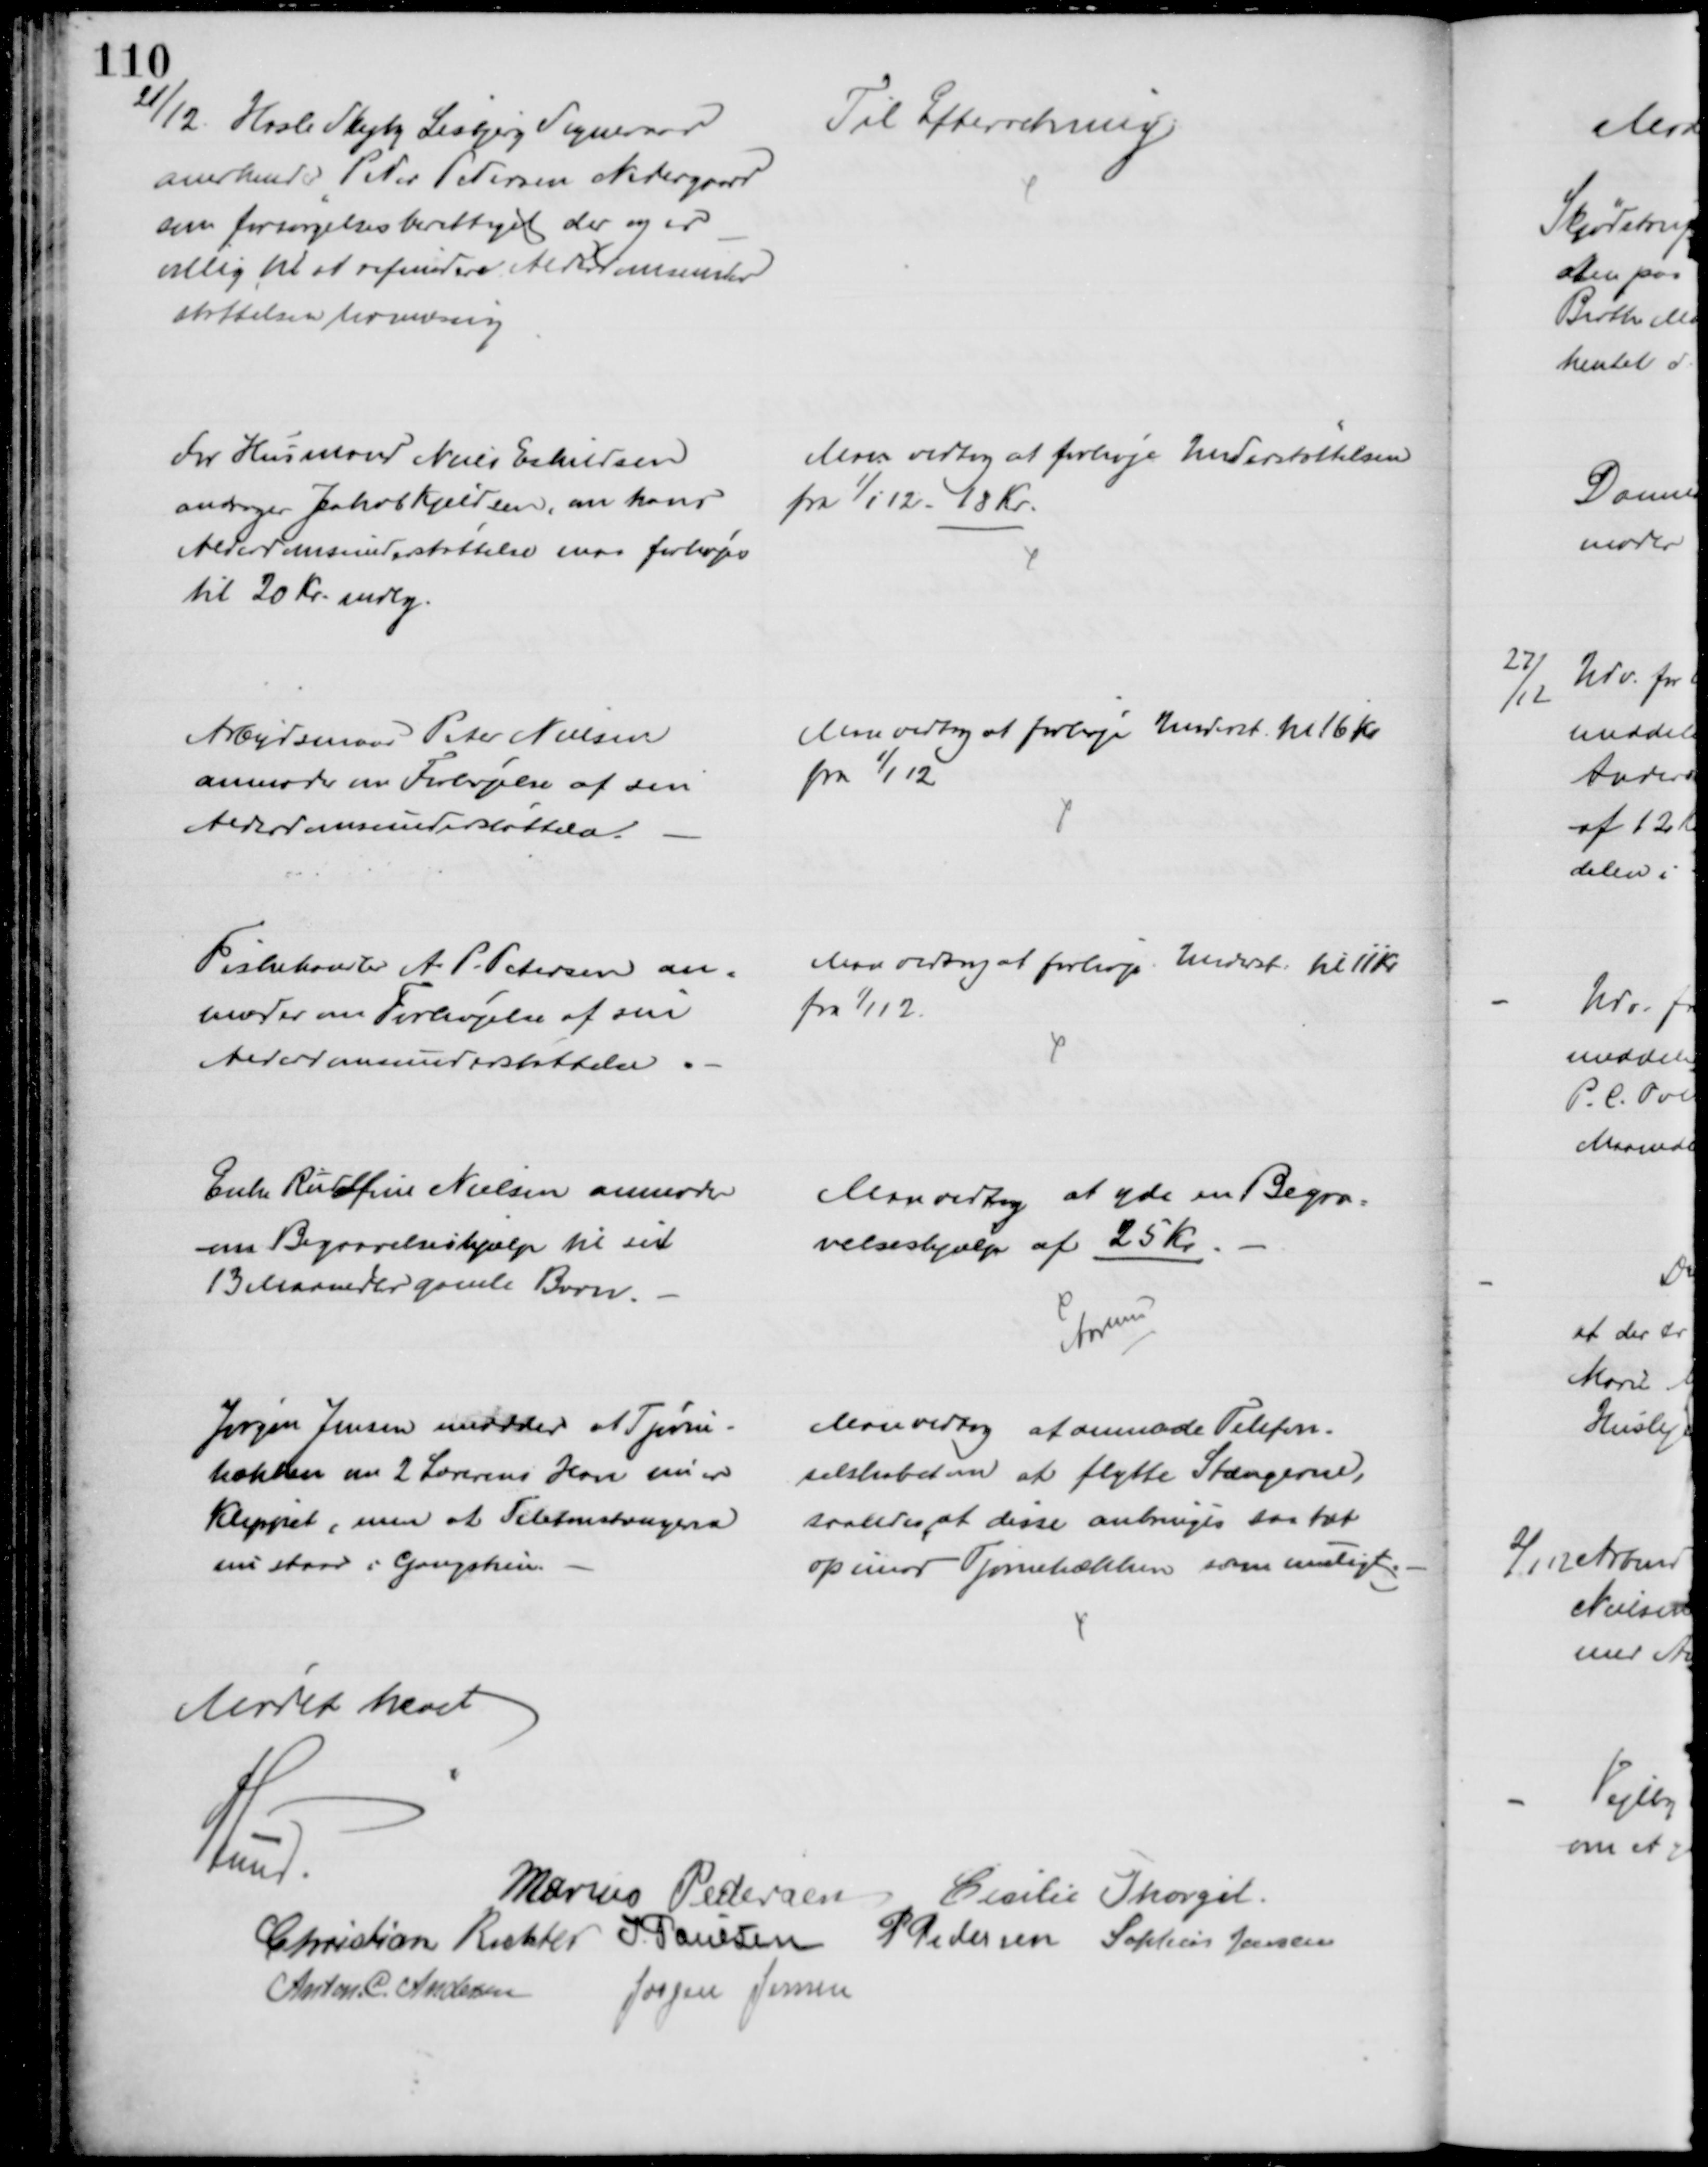
Transskription:
21/12.
Hasle Skejby Lisbjerg Sogneraad
anerkender Peder Pedersen Nedergaard
som forsørgelsesberettiget der og er
villig til at refundere Alderdomsunder
støttelsen lovmæssig
Til Efterretning
For Husmand Niels Eskildsen
andrager Jakob Kjeldsen, om hans
Alderdomsunderstøttelse maa forhøjes
til 20 Kr. mdlg.
Man vedtog at forhøje Understøttelsen
fra 1/1 12. 18 Kr.
Arbejdsmand Peter Nielsen
anmoder om Forhøjelse af sin
Alderdomsunderstøttelse
Man vedtog at forhøje Underst. til 16 Kr
fra 1/1 12
Fiskehandler A. P. Petersen an=
moder om Forhøjelse af sin
Alderdomsunderstøttelse
Mad vedtog at forhøje Underst til 11 Kr.
fra 1/1 12.
Enke Rudolfine Nielsen anmoder
om Begravelseshjælp til sit
13 Maaneder gamle Barn.
Man vedtog at yde en Begra=
velseshjælp af 25 Kr.
Aarhus
Jørgen Jensen meddeler at Tjørne-
hækken om 2 Lærerens Have nu er
klippet, men at Telefonsstængerne
nu staar i Gangstien.
Man vedtog at anmode Telefon-
selskabet om at flytte Stængerne,
saaledes at disse anbringes saa tæt
op imod Tjørnehækken som muligt
Mødet hævet
A Lund.
Marius Pedersen
Cecilie Thorgils.
Christian Richter J. Poulsen
P Pedersen Sophus Jensen
Anton. C. Andersen
Jørgen Jensen